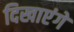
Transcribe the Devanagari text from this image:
दिखाएंगे